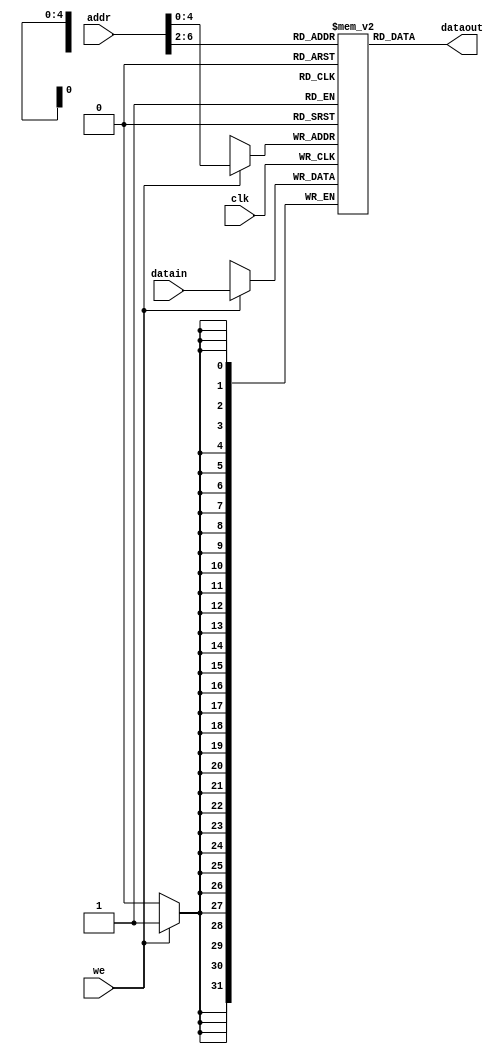
`timescale 1ns / 1ps
//////////////////////////////////////////////////////////////////////////////////
// Company: 
// Engineer: 
// 
// Design Name: 
// Module Name:    IP_RAM 
// Project Name: 
// Target Devices: 
// Tool versions: 
// Description: 
//
// Dependencies: 
//
// Revision: 
// Revision 0.01 - File Created
// Additional Comments: 
//
//////////////////////////////////////////////////////////////////////////////////
module IP_RAM(we,addr,datain,clk,dataout
    );
	 input [31:0] datain;
	 input [31:0] addr;
	 input clk,we;
	 output [31:0] dataout;
	 reg [31:0] ram [0:31];
	 assign dataout=ram[addr[6:2]];
	 always @(posedge clk)begin
	 if(we)ram[addr]=datain;
	 end
	 integer i;
	 initial begin
	 for(i=0;i<32;i=i+1)
	    ram[i]=0;
		 ram[5'h00]=32'hBF800000;
		 ram[5'h14]=32'h000000a3;
		 ram[5'h15]=32'h00000027;
		 ram[5'h16]=32'h00000079;
		 ram[5'h17]=32'h00000115;
		 end
endmodule